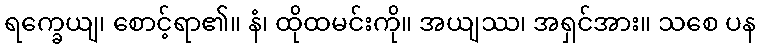
ရက္ခေယျ၊ စောင့်ရာ၏။ နံ၊ ထိုထမင်းကို။ အယျဿ၊ အရှင်အား။ သစေ ပန